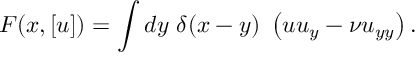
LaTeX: { \cal F } ( x , [ u ] ) = \int d y ~ \delta ( x - y ) ~ \left( u u _ { y } - \nu u _ { y y } \right) .